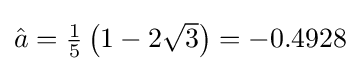
{\textstyle {\hat {a}}={\frac {1}{5}}\left(1-2{\sqrt {3}}\right)=-0.4928}